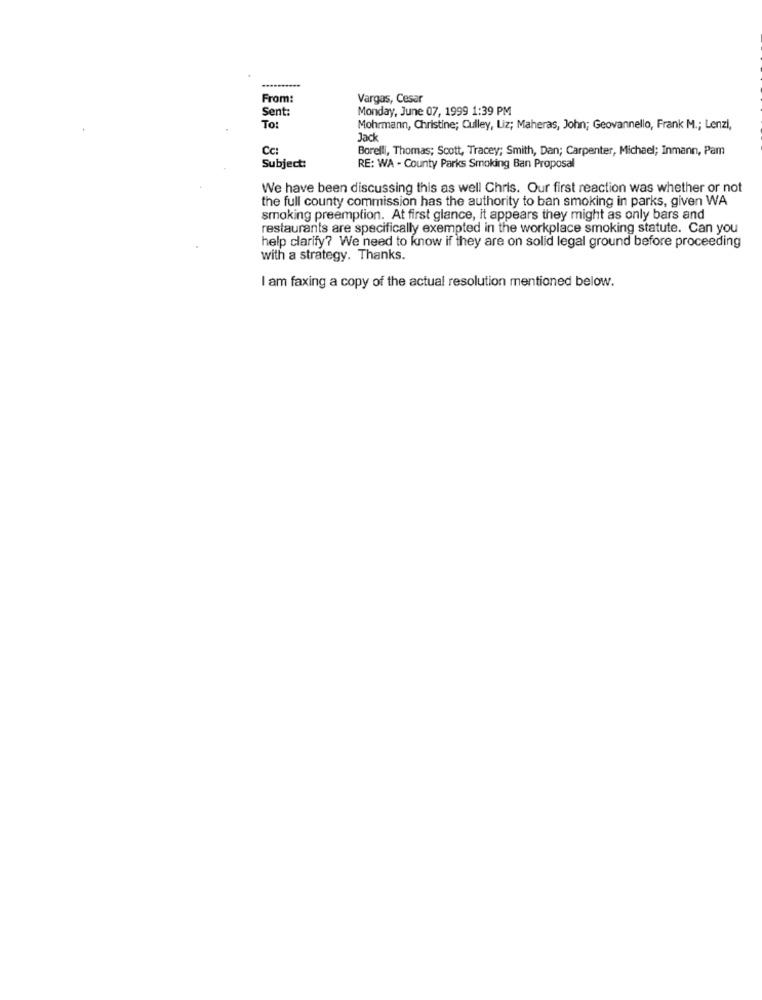
From:
Vargas, Cesar
Sent:
Monday, June 07, 1999 1:39 PM
To:
Mohrmann, Christine; Culley, Liz; Maheras, John; Geovannello, Frank M .; Lenzi,
Jack
Cc:
Borelli, Thomas; Scott, Tracey; Smith, Dan; Carpenter, Michael; Inmann, Pam
Subject:
RE: WA - County Parks Smoking Ban Proposal
We have been discussing this as well Chris. Our first reaction was whether or not
the full county commission has the authority to ban smoking in parks, given WA
smoking preemption. At first glance, it appears they might as only bars and
restaurants are specifically exempted in the workplace smoking statute. Can you
help clarify? We need to know if they are on solid legal ground before proceeding
with a strategy. Thanks.
I am faxing a copy of the actual resolution mentioned below.